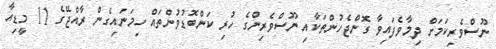
ނޫސްވެރިކަމަށް ދިމާވެފައިވާ ގޮންޖެހުންތަކާއި ނޫސްވެރިންގެ ހުރި ކަންބޮޑުވުންތައް ހިމަނައިގެން ރާއްޖޭގެ 11 މީޑިއާ